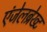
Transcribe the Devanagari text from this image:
एंजेलब्रेख्ट